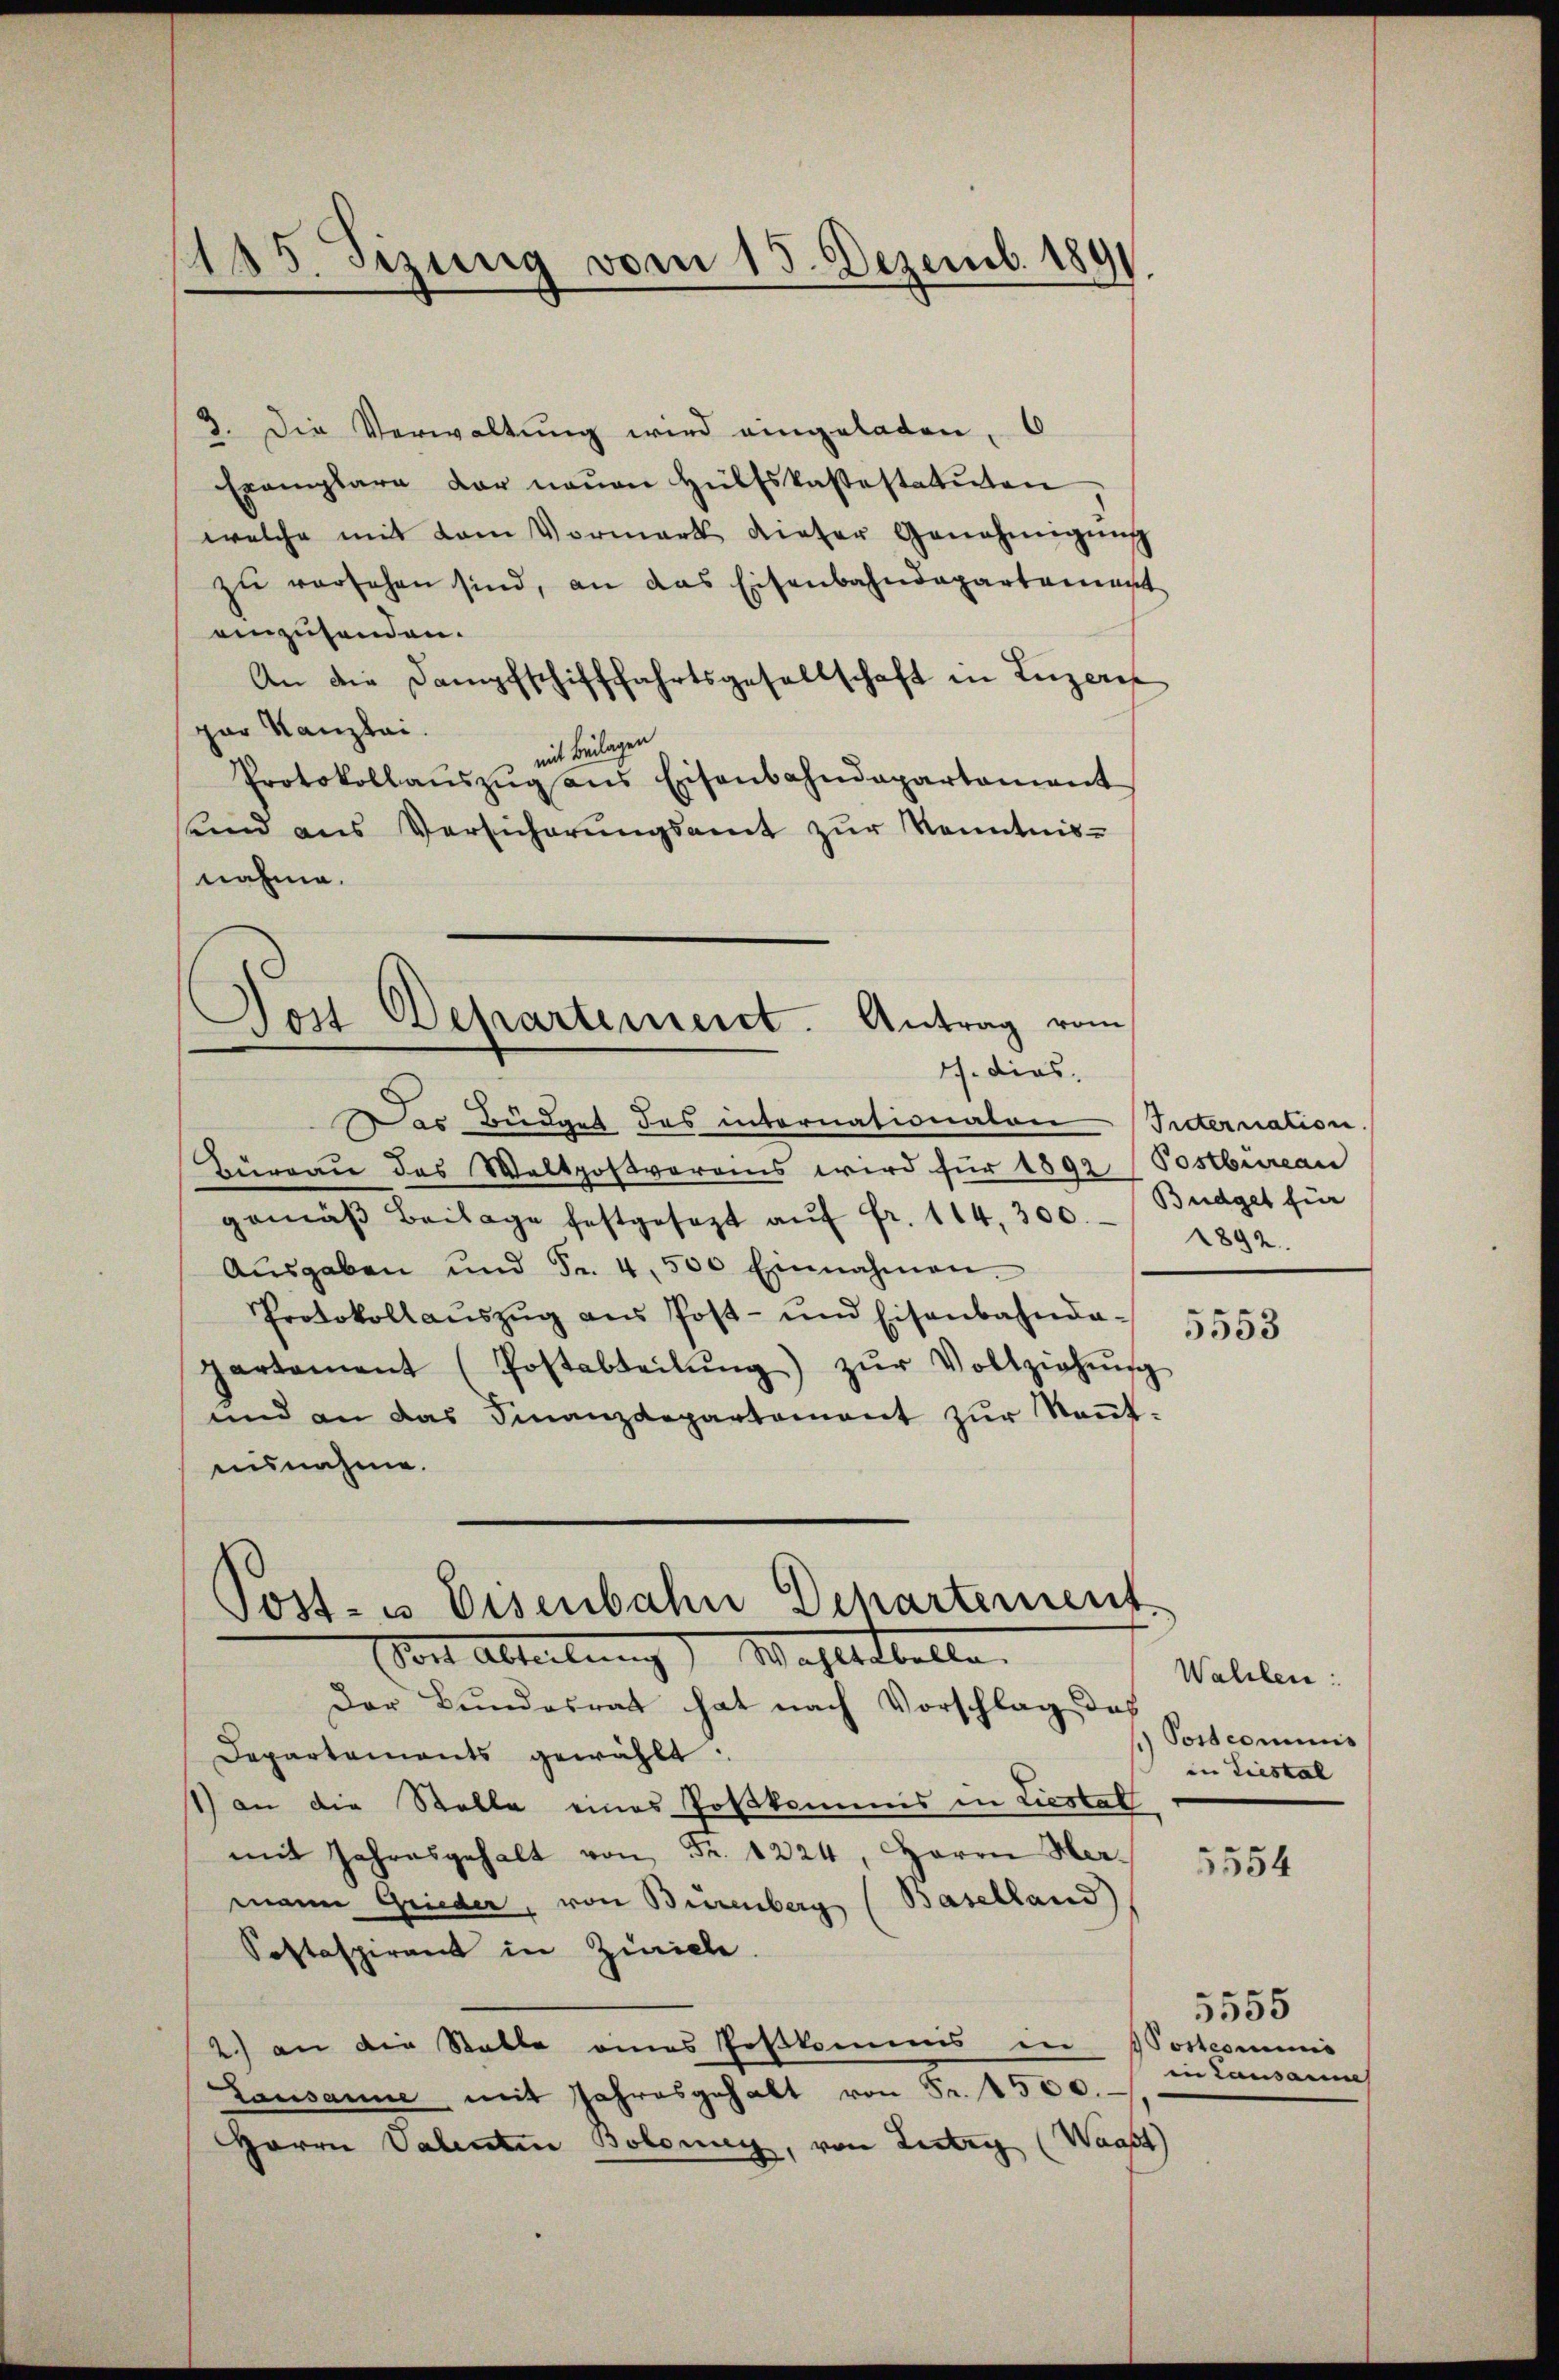
185. Sizung vom 15. Dezemb. 1891

3. Die Verwaltŭng wird eingeladen, 6
Exemplare der neuen Hülfskastestatuten
welche mit dem Vormark dieser Genehmigŭng
zu versehen sind, an das Eisenbahndepartement
einzusenden.
An die Dampfschifffahrtsgesellschaft in Luzer
par Kanzlei.
mit Beilagen
Protokollaŭszŭg ans Eisenbahndepartament
und aus Versicherŭngsamt zŭr Kenntnis-
nahme.
Post Departement. Antrag vom
17. dies
Der Budget des internationaten Secternation
Bureau des Waltpostverans wird für 1892 (Postbüreau
gemäβ Beilage festgesezt aŭf fr. 114, 300. Büdget für
Aŭsgaben und Fr. 4500 Einnahmen.
Protokoll aŭszŭg aŭs Post- und Eisenbahnda - 5553
partament (Postabteilŭng) zŭr Vollziehŭng
und an das Finanzdepartement zŭr Keṅt-
ausnahme.

Gost- u Eisenbahn Departement
Von Abteilung) Wahlettelle.

Der Bundesrat hat nach Vorschlag des
Departaments gewählt:
1) an die Stelle eines Poskommis in Liestat
mit Jahresgehalt von Fr. 1224, Herrn Hermann Grieder, von Bürenberg (Baselland)
Sostaspirant in Zürich.
2) an die Stalle eines Postkommis in Sostcommis
Lausanne mit Jahresgehalt von Fr. 1500.
Herrn Valentin Bolonig, von Lutry (Waast)

1892.

Wahlen:
) Postcommis
in Liestal

5554

5555
in Lausamme